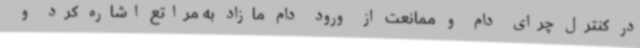
در کنترل چرای دام و ممانعت از ورود دام مازاد به مراتع اشاره کرد و